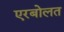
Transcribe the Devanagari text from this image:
एरबोलत